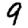
Digit: 9